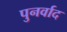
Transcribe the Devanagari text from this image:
पुनर्वाद